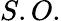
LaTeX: S.O.